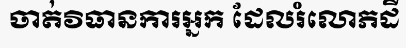
ចាត់វិធានការអ្នក ដែលរំលោភដី